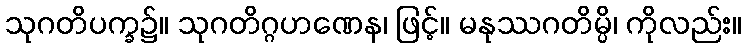
သုဂတိပက္ခ၌။ သုဂတိဂ္ဂဟဏေန၊ ဖြင့်။ မနုဿဂတိမ္ပိ၊ ကိုလည်း။